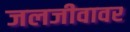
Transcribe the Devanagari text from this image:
जलजीवावर